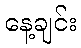
နေ့ချင်း